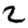
Digit: 2